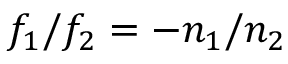
f _ { 1 } / f _ { 2 } = - n _ { 1 } / n _ { 2 }